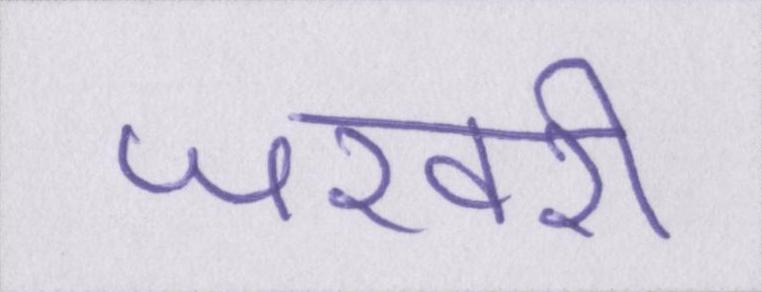
जरवरी